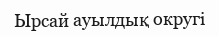
Ырсай ауылдық округі